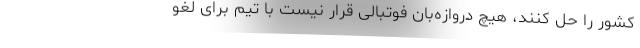
کشور را حل کنند، هیچ دروازه‌بان فوتبالی قرار نیست با تیم برای لغو